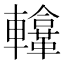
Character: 𨏚